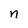
Character: n